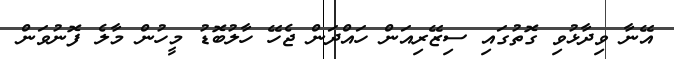
އޭނާ ވިދާޅުވި ގޮތުގައި ސިޒޭރިއަން ހައްދަން ޖެހޭ ހާލުބޮޑު މީހުން މާލެ ފޮނުވަން